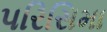
પરિસિમા